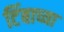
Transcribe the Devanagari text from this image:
टिंबाच्या